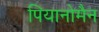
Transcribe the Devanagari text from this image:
पियानोमैन